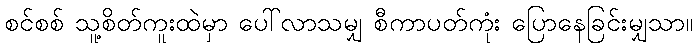
စင်စစ် သူ့စိတ်ကူးထဲမှာ ပေါ်လာသမျှ စီကာပတ်ကုံး ပြောနေခြင်းမျှသာ။